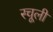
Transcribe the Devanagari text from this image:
स्चूली